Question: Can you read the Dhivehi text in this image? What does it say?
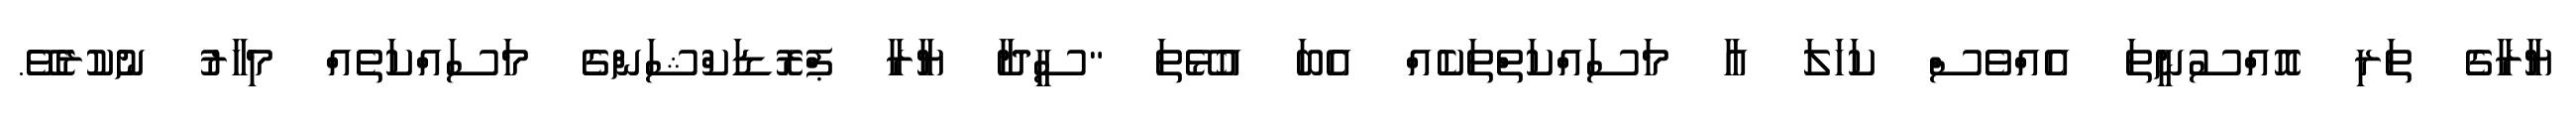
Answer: ޔާރާގެ ތަރި އޮއްސުނީތަ އެއްވެސް ކަހަލަ އާ މަސައްކަތްތަކެއް އެބަ އުޅޭތަ "ސީދާ ޔާރާ ޕްރޮޑަކްޝަންގެ މަސައްކަތެއް މިހާރު ނުކުރެވޭ.